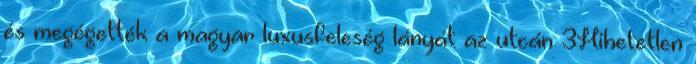
és megégették a magyar luxusfeleség lányát az utcán 3Hihetetlen